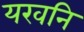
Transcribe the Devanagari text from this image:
यखनि